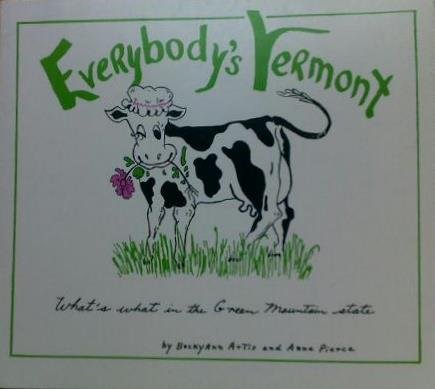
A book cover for Everybody's Vermont; BeckyAnn Artis; Travel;